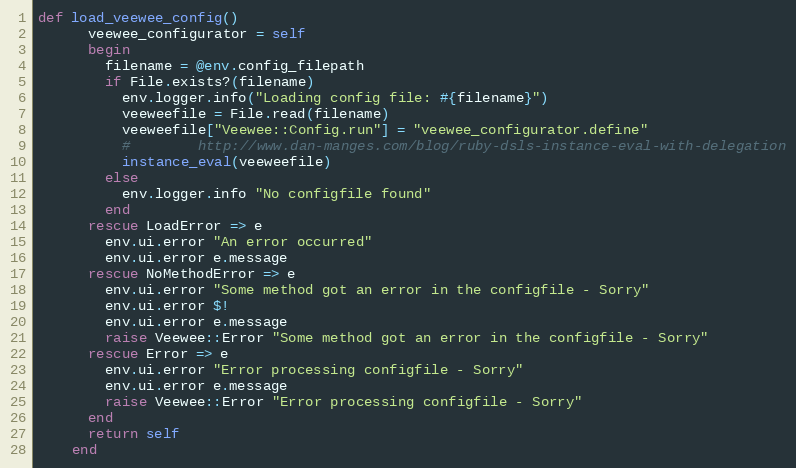
Language: Ruby
def load_veewee_config()
      veewee_configurator = self
      begin
        filename = @env.config_filepath
        if File.exists?(filename)
          env.logger.info("Loading config file: #{filename}")
          veeweefile = File.read(filename)
          veeweefile["Veewee::Config.run"] = "veewee_configurator.define"
          #        http://www.dan-manges.com/blog/ruby-dsls-instance-eval-with-delegation
          instance_eval(veeweefile)
        else
          env.logger.info "No configfile found"
        end
      rescue LoadError => e
        env.ui.error "An error occurred"
        env.ui.error e.message
      rescue NoMethodError => e
        env.ui.error "Some method got an error in the configfile - Sorry"
        env.ui.error $!
        env.ui.error e.message
        raise Veewee::Error "Some method got an error in the configfile - Sorry"
      rescue Error => e
        env.ui.error "Error processing configfile - Sorry"
        env.ui.error e.message
        raise Veewee::Error "Error processing configfile - Sorry"
      end
      return self
    end